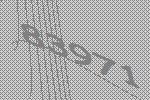
83971